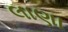
લાણા